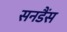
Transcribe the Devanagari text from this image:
सनडैंस